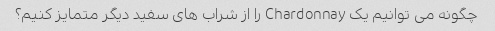
چگونه می توانیم یک Chardonnay را از شراب های سفید دیگر متمایز کنیم؟